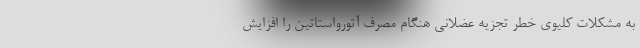
به مشکلات کلیوی خطر تجزیه عضلانی هنگام مصرف آتورواستاتین را افزایش